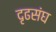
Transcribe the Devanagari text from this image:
दृढसंघ